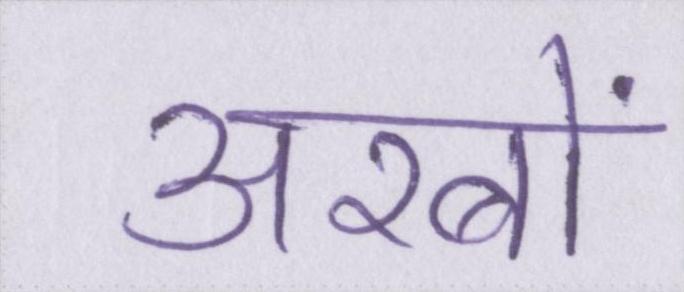
अरबों